Vaccination in Burma 1889-1999 - 1889-1999
Year: 1889
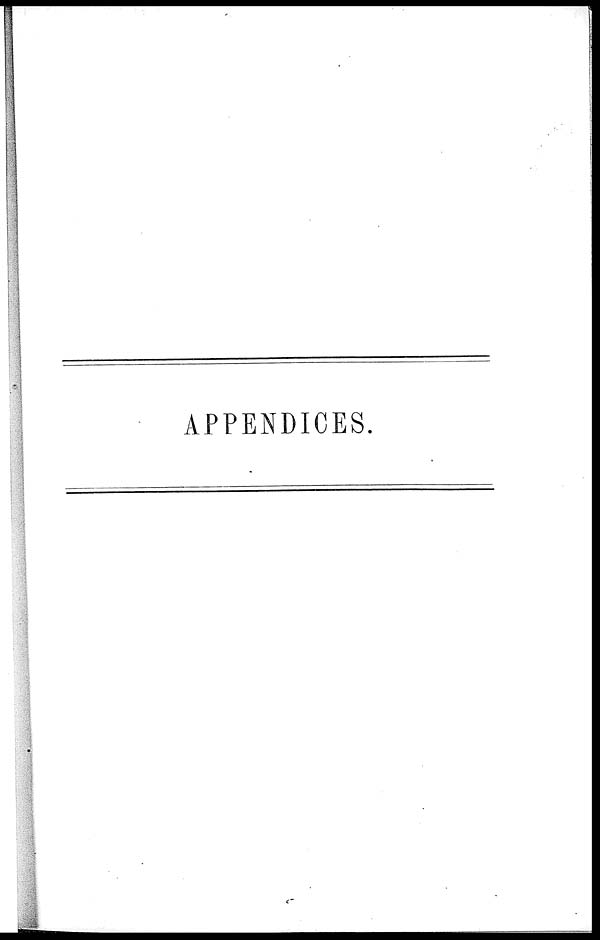
APPENDICES.